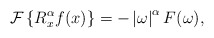
\begin{align*}\mathcal{F}\left\{ R_{x}^{\alpha}f(x)\right\} =-\left\vert \omega\right\vert^{\alpha}F(\omega),\end{align*}